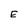
Character: E